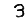
Digit: 3